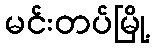
မင်းတပ်မြို့